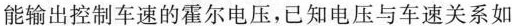
能输出控制车速的霍尔电压，已知电压与车速关系如